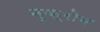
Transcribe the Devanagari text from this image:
नुक्रोम